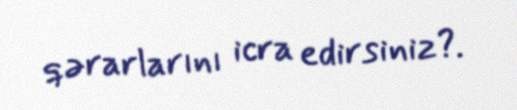
qərarlarını icra edirsiniz?.